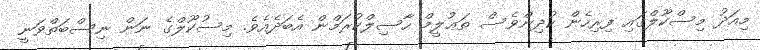
މިއަދު މިސްކޫލްގައި ފިރިހެން ކުދިންވެސް ތަޢުލީމް ހާސިލްކުރަމްން އެބަދެއެވެ. މިސުކޫލްގެ ނަން ނިސްބަތްވަނީ